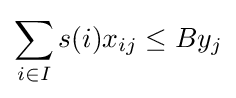
\sum _{i\in I}s(i)x_{ij}\leq By_{j}